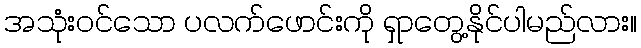
အသုံးဝင်သော ပလက်ဖောင်းကို ရှာတွေ့နိုင်ပါမည်လား။